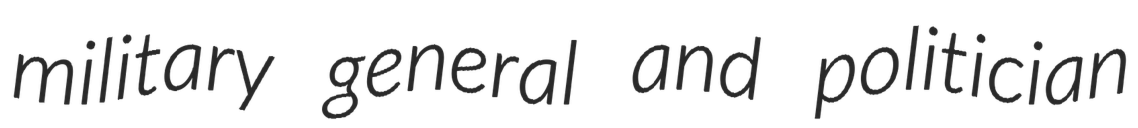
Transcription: military general and politician